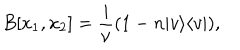
B [ x _ { 1 } , x _ { 2 } ] = \frac { i } { \nu } ( 1 - n | v \rangle \langle v | ) ,